Civil Veterinary Department. United Provinces 1912-22 - 1912-1922
Year: 1912
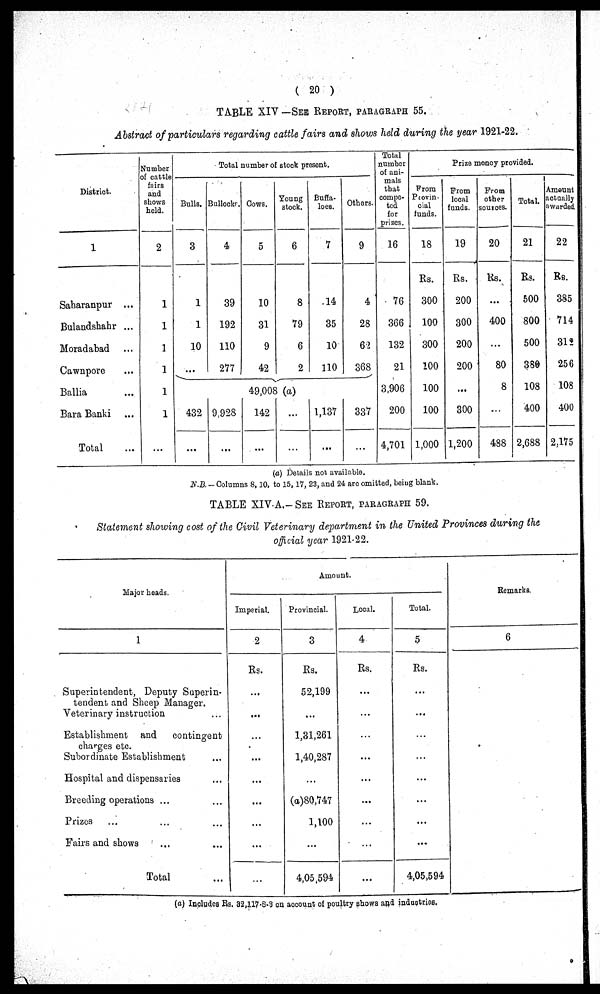
( 20 )
TABLE XIV —SEE REPORT, PARAGRAPH 55.
Abstract of particulars regarding cattle fairs and shows held during the year 1921-22.
District.
1
Saharanpur ...
Bulandshahr ...
Moradabad ...
Cawnpore ...
Ballia ...
Bara Banki ...
Total ...
Number
of cattle
fairs
and
shows
held.
2
1
1
1
1
1
1
...
Total number of stock present.
Bulls.
3
1
1
10
...
432
...
Bullocks.
4
39
192
110
277
9,928
...
Cows.
5
10
31
9
42
49,008
142
...
Young
stock.
6
8
79
6
2
(a)
...
...
Buffa-
loes.
7
14
35
10
110
1,137
...
Others.
9
4
28
62
368
337
...
Total
number
of ani-
mals
that
compe-
ted
for
prizes.
16
76
366
132
21
3,906
200
4,701
Prize money provided.
From
Provin-
cial
funds.
18
Rs.
300
100
300
100
100
100
1,000
Prom
local
funds.
19
Rs.
200
300
200
200
...
300
1,200
From
other
sources.
20
Rs.
...
400
...
80
8
...
488
Total.
21
Rs.
500
800
500
380
108
400
2,688
Amount
actually
awarded.
22
Rs.
385
714
312
256
108
400
2,175
(a) Details not available.
N.B. Columns 8, 10, to 15, 17, 23, and 24 are omitted, being blank.
TABLE XIV A.—See Report, paragraph 59.
Statement showing cost of the Civil Veterinary department in the United Provinces during the
official year 1921-22.
Major heads.
1
Superintendent, Deputy Superin-
tendent and Sheep Manager.
Veterinary instruction
Establishment and
contingent
charges etc.
Subordinate Establishment ...
Hospital and dispensaries ...
Breeding operations ... ...
Prizes ... ... ...
Fairs and shows ... ...
Total ...
Amount.
Imperial.
2
Rs.
...
...
...
...
...
...
...
...
...
Provincial.
3
Rs.
52,199
...
1,31,261
1,40,287
...
(a)80,747
1,100
...
4,05,594
Local.
4
Rs.
...
...
...
...
...
...
...
...
...
Total.
5
Rs.
...
...
...
...
...
...
...
...
4,05,594
Remarks.
6
(a) Includes Rs. 32,117-8-3 on account of poultry shows and industries.